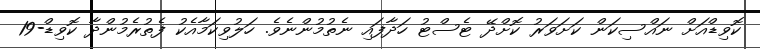
ކޮވިޑްއަށް ނައްސިކަން ކަށަވަރު ކޮށްދޭ ޓެސްޓު ހަދާފައި ނެތުމުންނެވެ. ހަލުވިކަމާއެކު ފެތުރެމުންދާ ކޮވިޑް-19